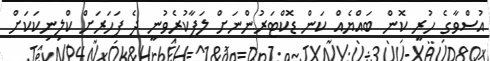
އުސްވާގެ ހުރީ ކޮން ބައްޔެއް ކަން ޑޮކްޓަރުންނަށް ލަފާކުރެވުނީ ދެ ފަހަރަށް ކްލިނިކަކަށް